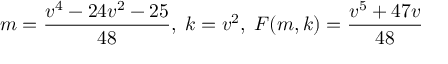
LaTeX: m = { \frac { v ^ { 4 } - 2 4 v ^ { 2 } - 2 5 } { 4 8 } } , \; k = v ^ { 2 } , \; F ( m , k ) = { \frac { v ^ { 5 } + 4 7 v } { 4 8 } }